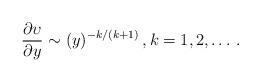
LaTeX: \begin{align*} \frac{\partial {\upsilon}}{\partial {{y}} }\sim ({{y}})^{-k/(k+1)}\, , k=1,2,\dots\, . \end{align*}